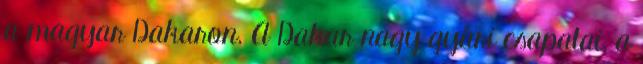
a magyar Dakaron. A Dakar nagy gyári csapatai, a